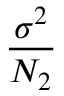
\frac { \sigma ^ { 2 } } { N _ { 2 } }